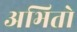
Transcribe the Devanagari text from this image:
अभितो